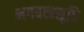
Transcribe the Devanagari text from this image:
भगवत्प्रसूति